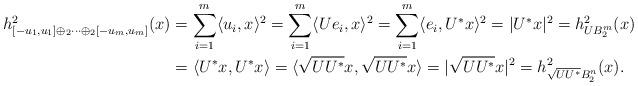
LaTeX: \begin{align*}h^2_{[-u_1,u_1]\oplus_2\cdots\oplus_2[-u_m,u_m]}(x) &=\sum_{i=1}^m \langle u_i, x \rangle^2=\sum_{i=1}^m \langle U e_i, x\rangle^2 = \sum_{i=1}^m \langle e_i, U^* x\rangle^2=|U^*x|^2 = h^2_{U B_2^m}(x)\\&=\langle U^*x, U^*x\rangle=\langle\sqrt{UU^*}x, \sqrt{UU^*}x\rangle=|\sqrt{UU^*}x|^2 =h^2_{\sqrt{UU^*}B_2^n}(x).\end{align*}